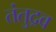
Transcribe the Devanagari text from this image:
तंतुद्रव